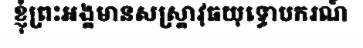
ខ្ញុំព្រះអង្គមានសស្ត្រាវុធយុទ្ធោបករណ៍